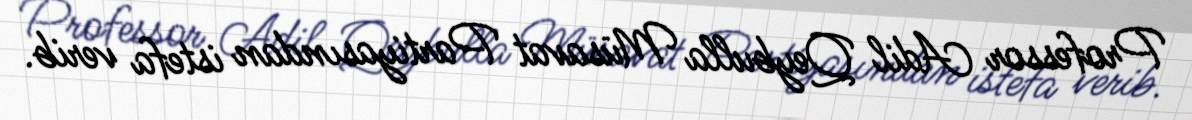
Professor Adil Qeybulla Müsavat Partiyasından istefa verib.